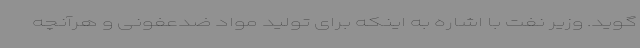
گوید. وزیر نفت با اشاره به اینکه برای تولید مواد ضدعفونی و هرآنچه